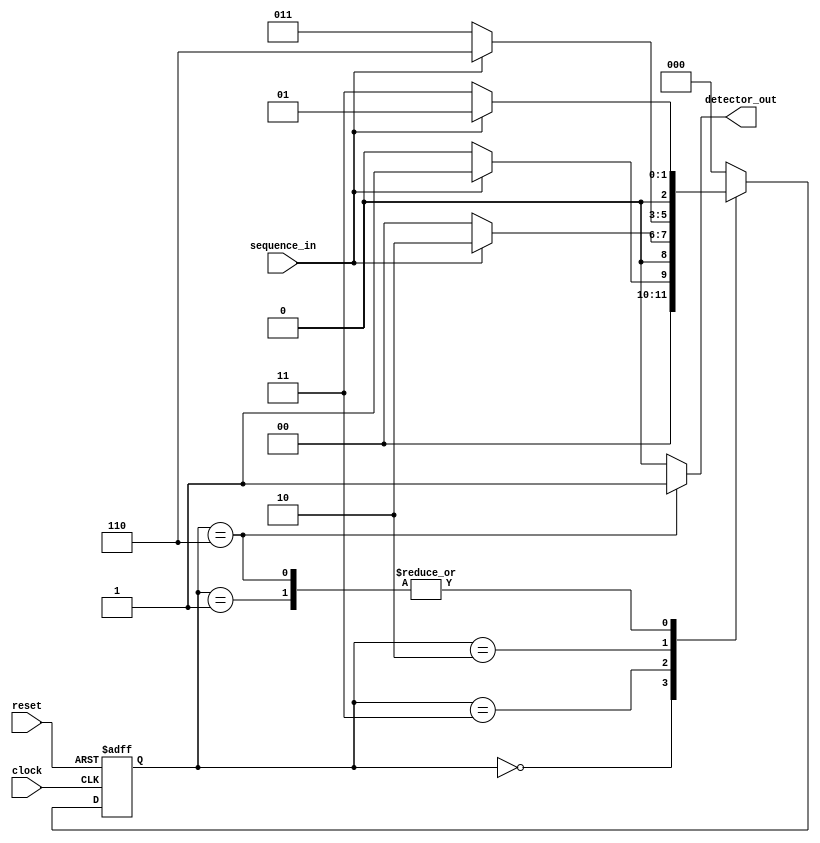
`timescale 1ns / 1ps
//////////////////////////////////////////////////////////////////////////////////
// Company: 
// Engineer: 
// 
// Design Name: 
// Module Name:    SD_MOORE_VERILOG 
// Project Name: 
// Target Devices: 
// Tool versions: 
// Description: 
//
// Dependencies: 
//
// Revision: 
// Revision 0.01 - File Created
// Additional Comments: 
//
//////////////////////////////////////////////////////////////////////////////////

 


module SD_MOORE_Verilog(sequence_in,clock,reset,detector_out);
input clock; 
input reset; 
input sequence_in; 
output reg detector_out; 
parameter  Zero=3'b000, 
  One=3'b001,
  OneZero=3'b011, 
  OneZeroOne=3'b010, 
  OneZeroOneOne=3'b110;

reg [2:0] current_state, next_state; 
always @(posedge clock, posedge reset)
begin
 if(reset==1) 
 current_state <= Zero;
 else
 current_state <= next_state; 
end 








always @(current_state,sequence_in)
begin
 case(current_state) 
 Zero:begin
  if(sequence_in==1)
   next_state = One;
  else
   next_state = Zero;
 end
 One:begin
  if(sequence_in==0)
   next_state = OneZero;
  else
   next_state = One;
 end
 OneZero:begin
  if(sequence_in==0)
   next_state = Zero;
  else
   next_state = OneZeroOne;
 end 
 OneZeroOne:begin
  if(sequence_in==0)
   next_state = OneZero;
  else
   next_state = OneZeroOneOne;
 end
 OneZeroOneOne:begin
  if(sequence_in==0)
   next_state = OneZero;
  else
   next_state = One;
 end
 default:next_state = Zero;
 endcase
end

always @(current_state)
begin 
 case(current_state) 
 Zero:   detector_out = 0;
 One:   detector_out = 0;
 OneZero:  detector_out = 0;
 OneZeroOne:  detector_out = 0;
 OneZeroOneOne:  detector_out = 1;
 default:  detector_out = 0;
 endcase
end 
endmodule